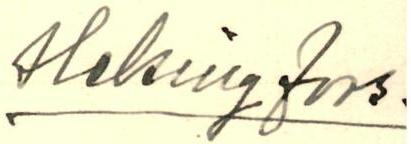
Helsingfors.